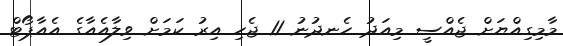
މާމިގިއްޔަށް ޖެއްސީ މިއަދު ހެނދުނު 11 ޖެހި އިރު ކަމަށް ވިލާއެއާގެ އެއާޕޯޓް